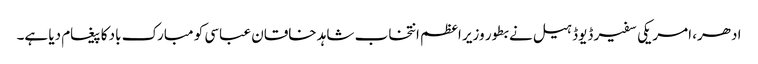
ادھر، امریکی سفیر ڈیوڈ ہیل نے بطور وزیر اعظم انتخاب شاہد خاقان عباسی کو مبارک باد کا پیغام دیا ہے۔